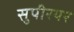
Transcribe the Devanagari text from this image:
सुपीरयर